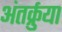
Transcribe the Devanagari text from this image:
अंतर्क्रुया